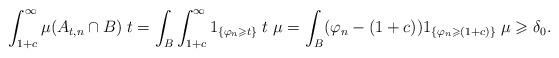
LaTeX: \begin{align*}\int_{1+c}^{\infty}\mu(A_{t,n}\cap B)\;t=\int_{B}\int_{1+c}^{\infty}1_{\{\varphi_n\geqslant t\}}\;t\;\mu=\int_{B}(\varphi_n-(1+c))1_{\{\varphi_n\geqslant (1+c)\}}\;\mu\geqslant\delta_0. \end{align*}